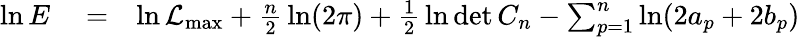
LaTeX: \begin{array}{rlr}{\ln E}&{{}=}&{\ln{\cal L}_{\mathrm{max}}+{\frac{n}{2}}\ln(2\pi)+{\frac{1}{2}}\ln\operatorname*{det}C_{n}-\sum_{p=1}^{n}\ln(2a_{p}+2b_{p})}\end{array}